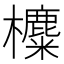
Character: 𣟸